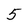
Character: 5